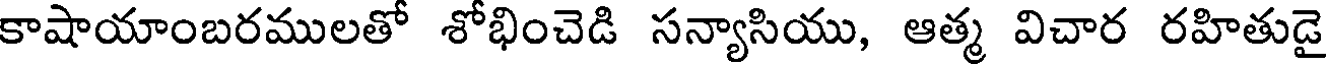
కాషాయాంబరములతో శోభించెడి సన్యాసియు, ఆత్మ విచార రహితుడై